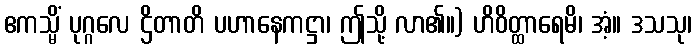
ဧကသ္မိံ ပုဂ္ဂလေ ဌိတာတိ ပဟာနေကဋ္ဌာ၊ ဤသို့ လာ၏။) ဟိဝိတ္ထာရေမိ၊ အံ့။ ဒသသု၊